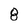
Character: 8